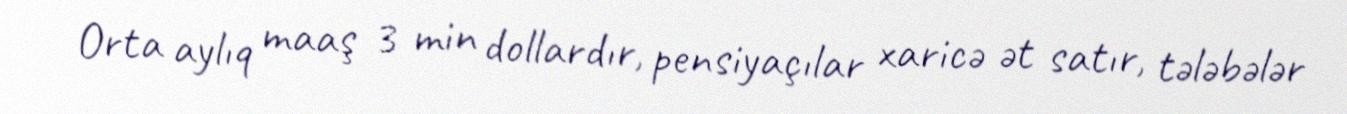
Orta aylıq maaş 3 min dollardır, pensiyaçılar xaricə ət satır, tələbələr